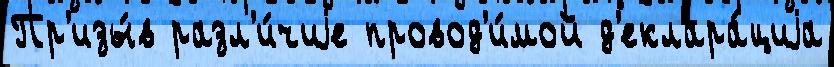
Пр'изы́в разл'и́чиjе провод'и́мой д'еклара́циjа